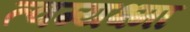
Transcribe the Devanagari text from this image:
त्वग्यक्ष्मा